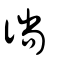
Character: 徜